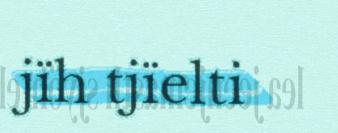
jïh tjïelti